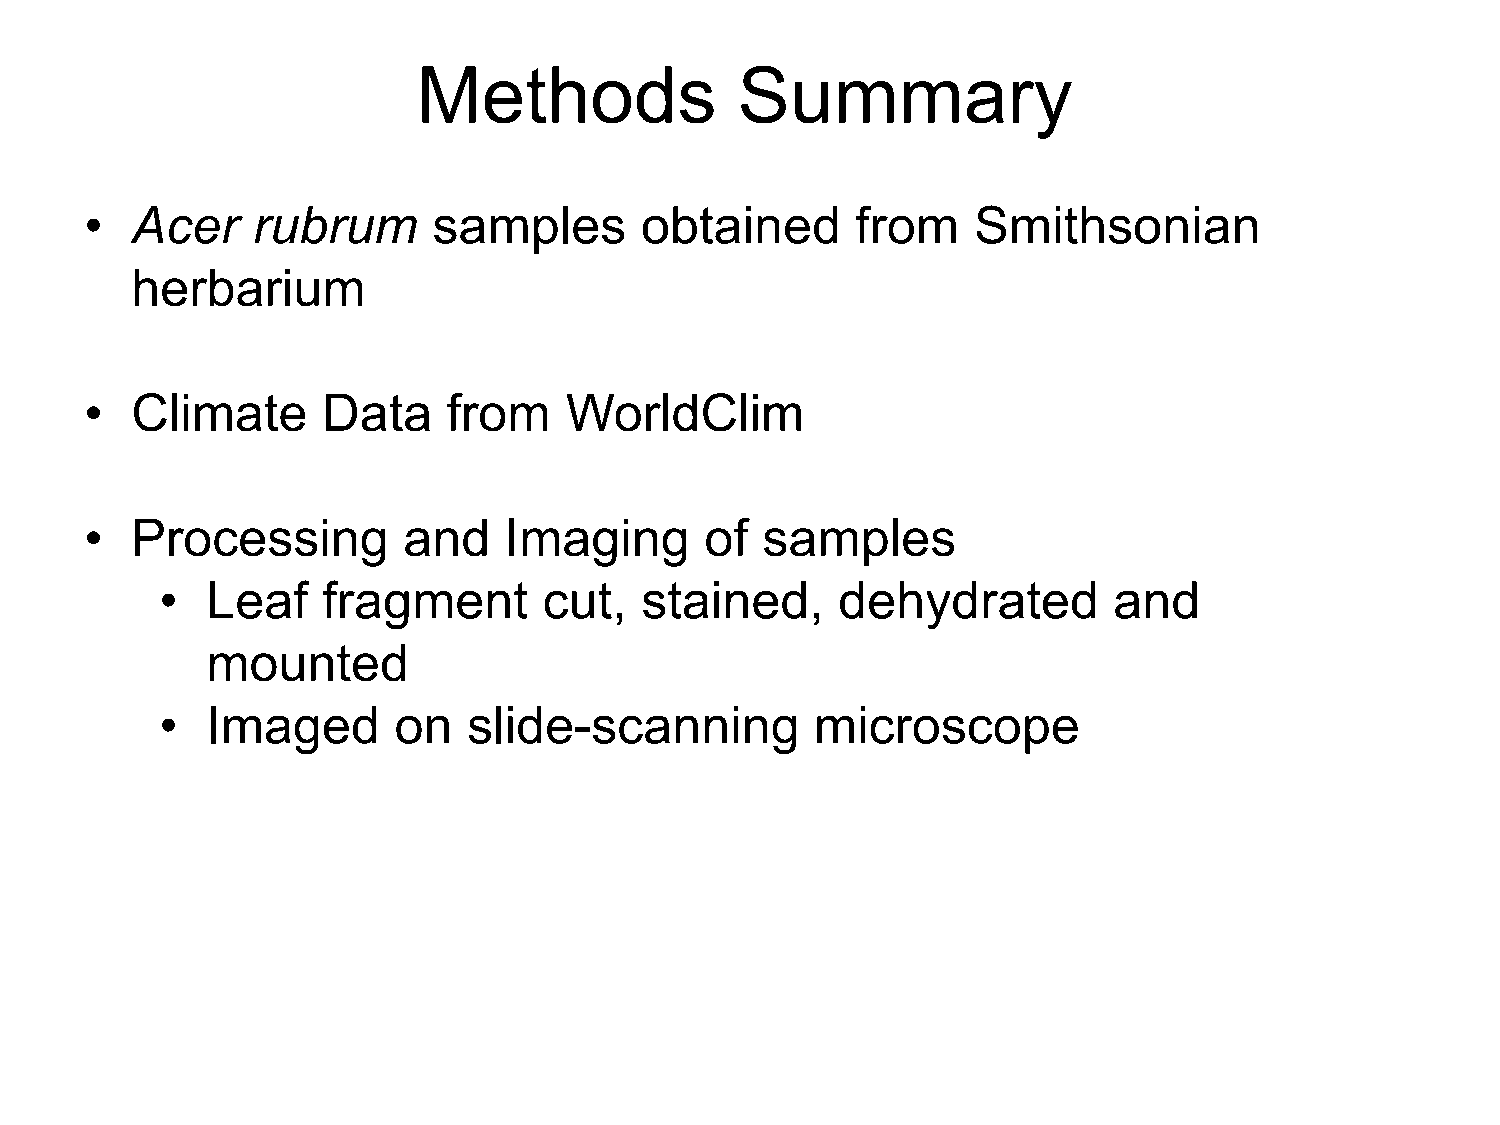
Methods              Summary
 •  Acer    rubrum      samples      obtained       from   Smithsonian
 herbarium
 •  Climate     Data     from   WorldClim
 •  Processing        and   Imaging       of samples
 •  Leaf   fragment       cut,  stained,     dehydrated         and
 mounted
 •  Imaged      on   slide-scanning         microscope
 •  Data    Analysis
 •  Filtering    of  noise    in  results